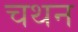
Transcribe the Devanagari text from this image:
चथन